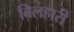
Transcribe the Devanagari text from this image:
बिलहारी